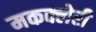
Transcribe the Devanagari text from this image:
मकक्लेरी